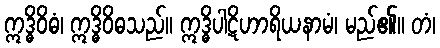
ဣဒ္ဓိဝိဓံ၊ ဣဒ္ဓိဝိဓသည်။ ဣဒ္ဓိပါဋိဟာရိယနာမံ၊ မည်၏။ တံ၊